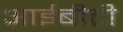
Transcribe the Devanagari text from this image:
आईबीटी